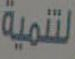
لتنمية